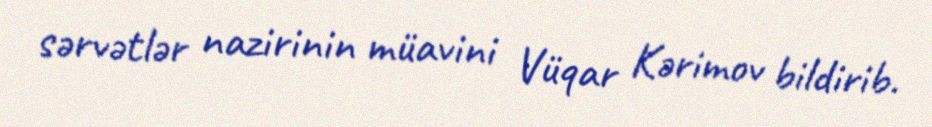
sərvətlər nazirinin müavini Vüqar Kərimov bildirib.